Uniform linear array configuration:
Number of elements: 48
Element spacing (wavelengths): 1
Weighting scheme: hamming
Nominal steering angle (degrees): -60
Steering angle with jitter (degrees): -59.235
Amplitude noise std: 0.05
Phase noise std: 0.05

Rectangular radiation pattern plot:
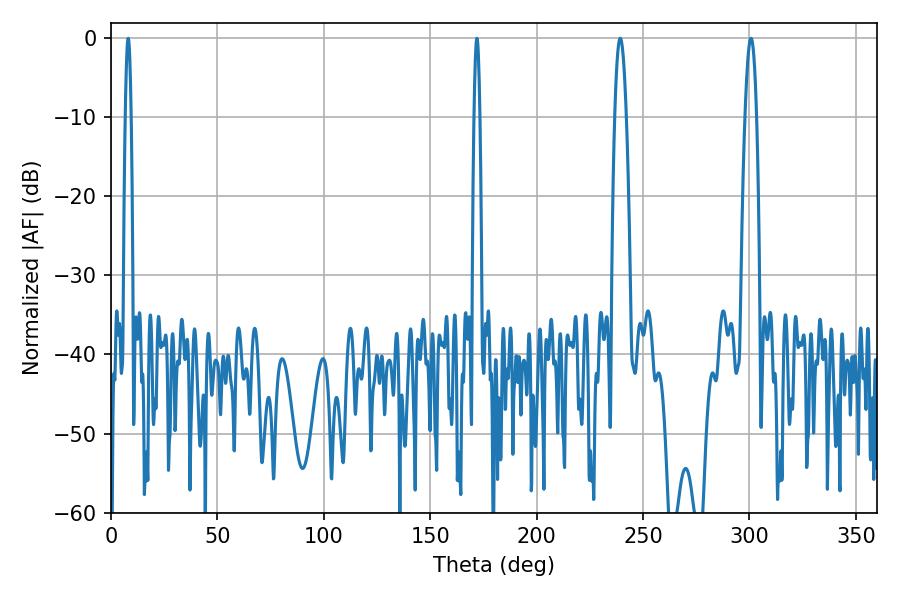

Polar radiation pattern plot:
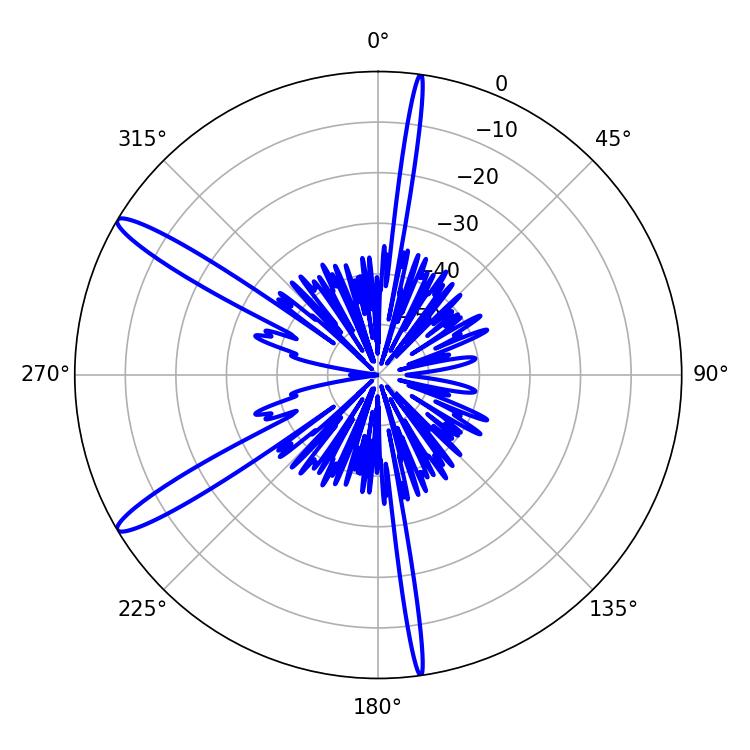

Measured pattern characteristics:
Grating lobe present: TRUE
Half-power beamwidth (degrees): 3.06
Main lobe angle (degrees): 239.22